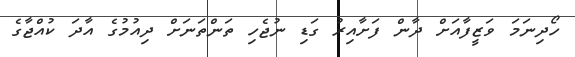
ހޯދިނަމަ ވަޒީފާއަށް ދާން ފަށާއިރު ގަޑި ނުޖެހި ތަންތަނަށް ދިއުމުގެ އާދަ ކުއްޖާގެ